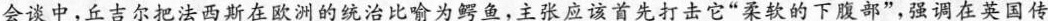
会谈中，丘吉尔把法西斯在欧洲的统治比喻为鳄鱼，主张应该首先打击它”柔软的下腹部”，强调在英国传